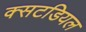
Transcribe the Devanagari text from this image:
क्सटडियल